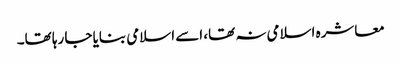
معاشرہ اسلامی نہ تھا، اسے اسلامی بنایا جا رہا تھا۔